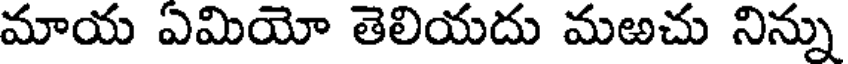
మాయ ఏమియో తెలియదు మఱచు నిన్ను